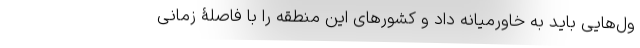
ول­‌هایی باید به خاورمیانه داد و کشورهای این منطقه را با فاصلۀ زمانی